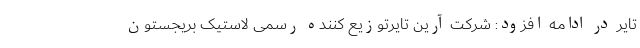
تایر در ادامه افزود: شرکت آرین تایرتوزیع کننده رسمی لاستیک بریجستون